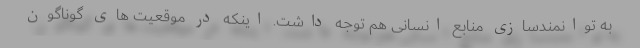
به توانمندسازی منابع انسانی هم توجه داشت. اینکه در موقعیت های گوناگون